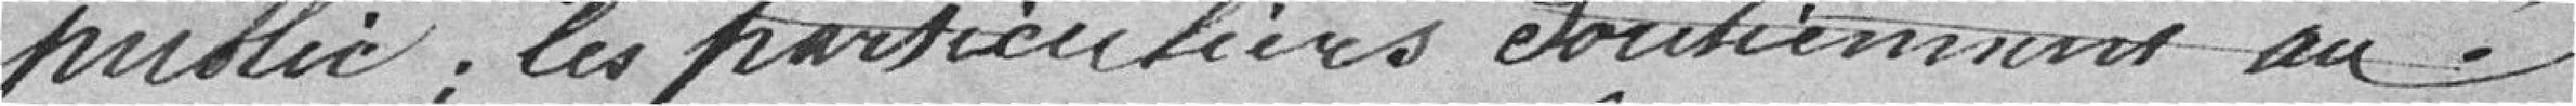
public. Les particuliers soutiennent au